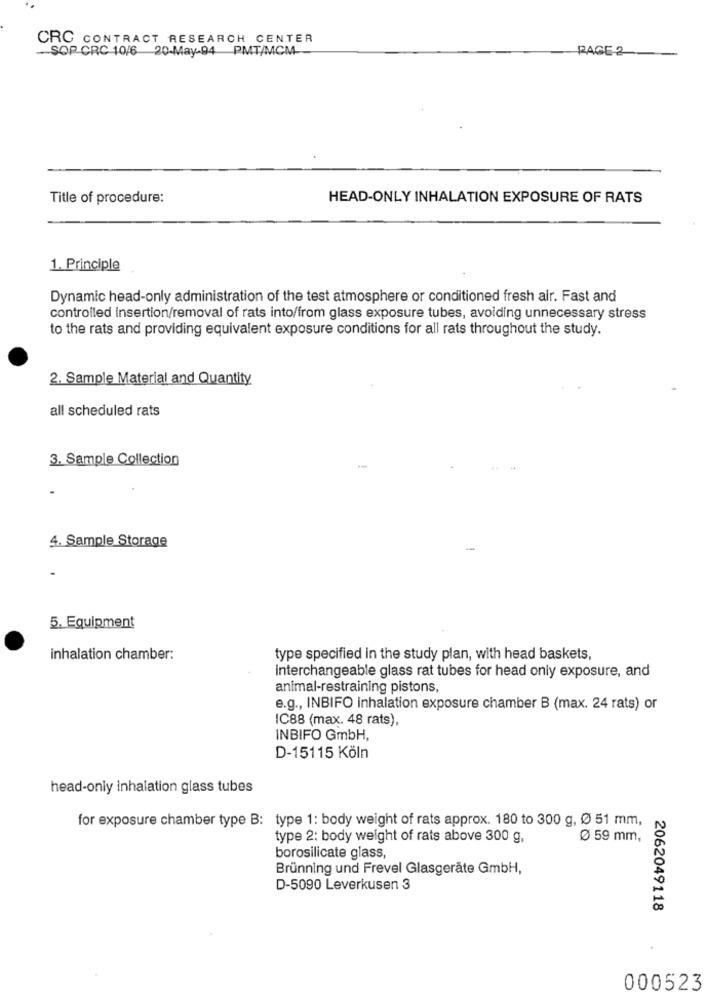
CRC CONTRACT RESEARCH CENTER
-SOP CRC 10/6 20-May-94 PMT/MCM-
RAGE 2
Title of procedure:
HEAD-ONLY INHALATION EXPOSURE OF RATS
1. Principle
Dynamic head-only administration of the test atmosphere or conditioned fresh air. Fast and
controlled insertion/removal of rats into/from glass exposure tubes, avoiding unnecessary stress
to the rats and providing equivalent exposure conditions for all rats throughout the study.
2. Sample Material and Quantity
all scheduled rats
3. Sample Collection
4. Sample Storage
5. Equipment
inhalation chamber:
type specified in the study plan, with head baskets,
interchangeable glass rat tubes for head only exposure, and
animal-restraining pistons,
e.g ., INBIFO inhalation exposure chamber B (max. 24 rats) or
IC88 (max. 48 rats),
INBIFO GmbH,
D-15115 Köln
head-oniy inhalation glass tubes
for exposure chamber type B: type 1: body weight of rats approx. 180 to 300 g, Ø 51 mm,
type 2: body weight of rats above 300 g,
Ø 59 mm,
borosilicate glass,
Brünning und Frevel Glasgeräte GmbH,
D-5090 Leverkusen 3
2062049118
000523